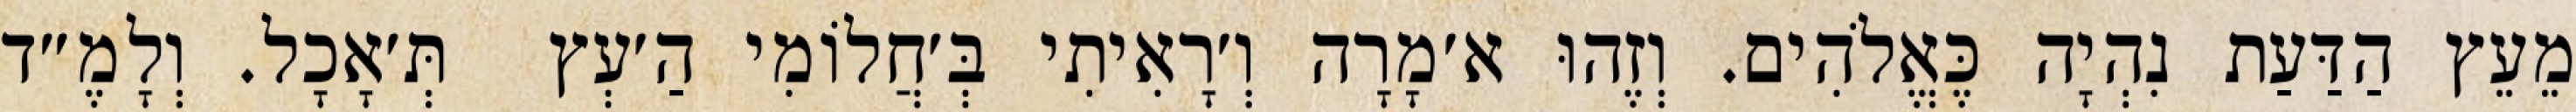
מֵעֵץ הַדַּעַת נִהְיָה כֶּאֱלֹהִים. וְזֶהוּ א׳מָרָה וְ׳רָאִיתִי בְּ׳חֲלוֹמִי הַ׳עְץ  תְּ׳אָכָל. וְלָמֶ״ד